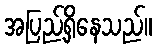
အပြည့်ရှိနေသည်။